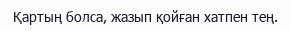
Қартың болса, жазып қойған хатпен тең.